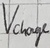
Text: Vcharge